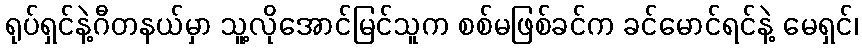
ရုပ်ရှင်နဲ့ဂီတနယ်မှာ သူ့လိုအောင်မြင်သူက စစ်မဖြစ်ခင်က ခင်မောင်ရင်နဲ့ မေရှင်၊